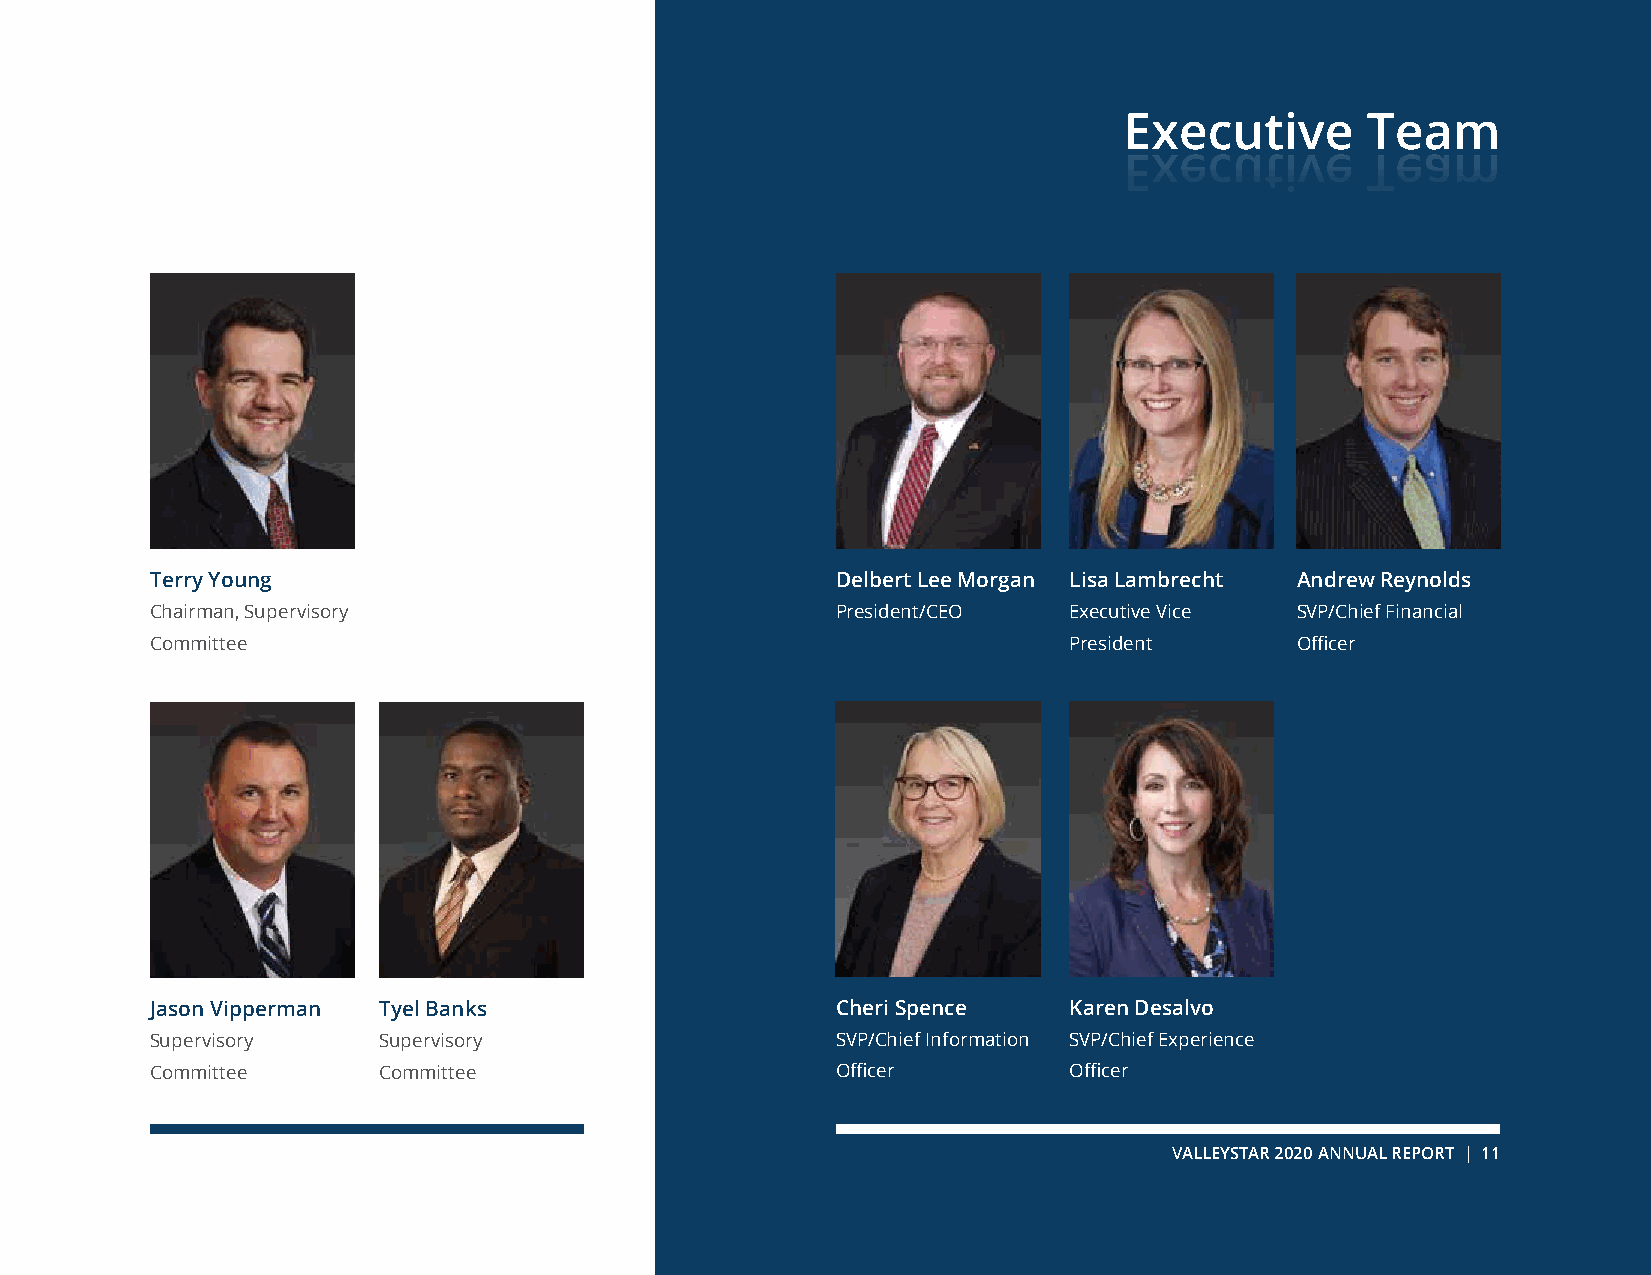
Executive       Team
 Terry Young                                  Delbert Lee Morgan Lisa Lambrecht Andrew Reynolds
 Chairman, Supervisory                        President/CEO   Executive Vice SVP/Chief Financial
 Committee                                                    President      Officer
 Jason Vipperman Tyel Banks                   Cheri Spence    Karen Desalvo
 Supervisory    Supervisory                   SVP/Chief Information SVP/Chief Experience
 Committee      Committee                     Officer         Officer
 VALLEYSTAR 2020 ANNUAL REPORT | 11
 E x e c u t i v e T e a m